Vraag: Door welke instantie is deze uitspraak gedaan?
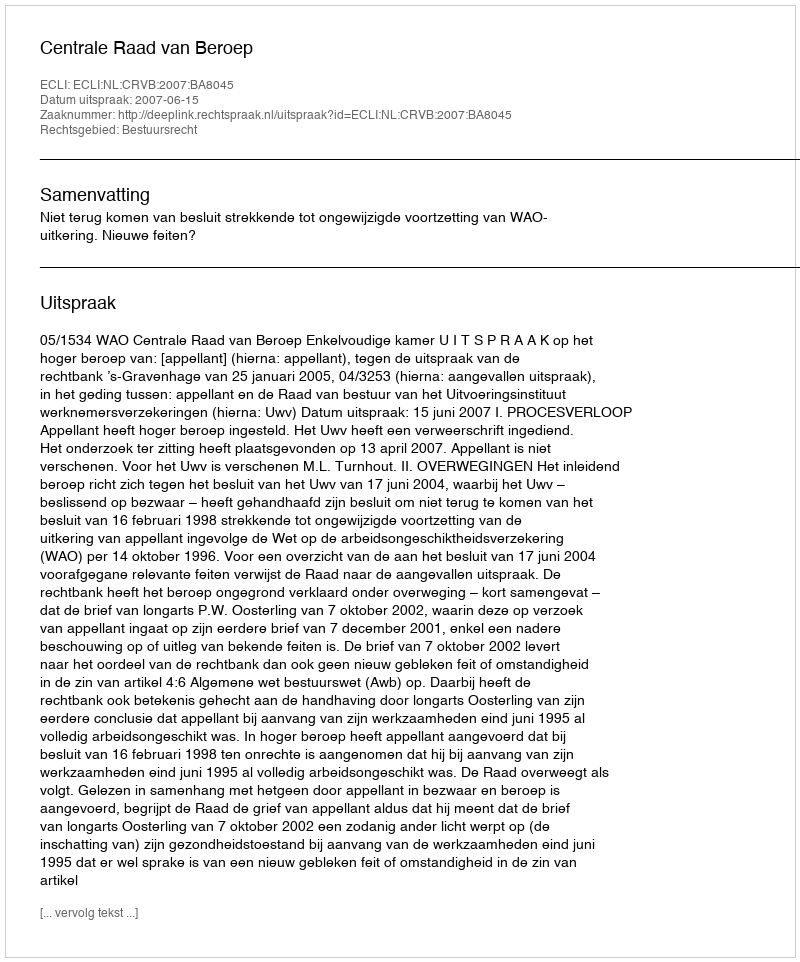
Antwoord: Centrale Raad van Beroep